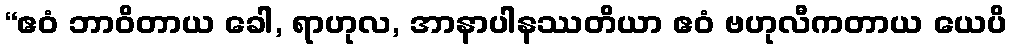
“ဧဝံ ဘာဝိတာယ ခေါ, ရာဟုလ, အာနာပါနဿတိယာ ဧဝံ ဗဟုလီကတာယ ယေပိ